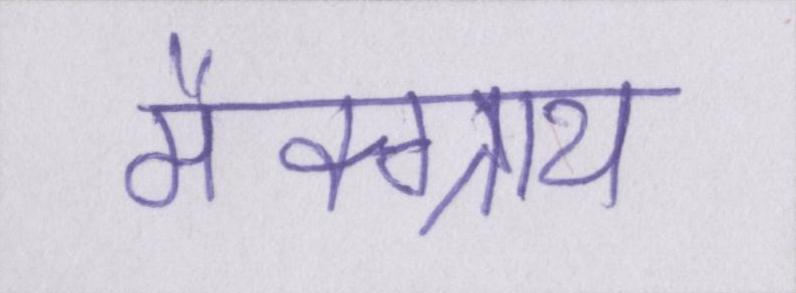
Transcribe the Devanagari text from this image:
मैक्ग्राथ